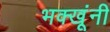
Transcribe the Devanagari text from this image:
भक्खूंनी